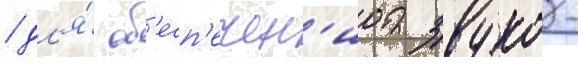
/ дл'я́ об'есп'ечен'иа звуко-